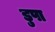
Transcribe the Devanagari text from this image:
डुपा